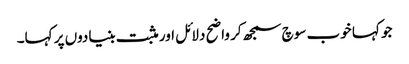
جو کہا خوب سوچ سمجھ کر واضح دلائل اور مثبت بنیادوں پر کہا۔